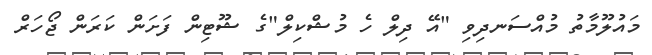
މައުލޫމާތު މުއްސަނދިވި "އޭ ދިލް ހެ މުޝްކިލް"ގެ ޝޫޓިން ފަށަން ކަރަން ޖޯހަރް